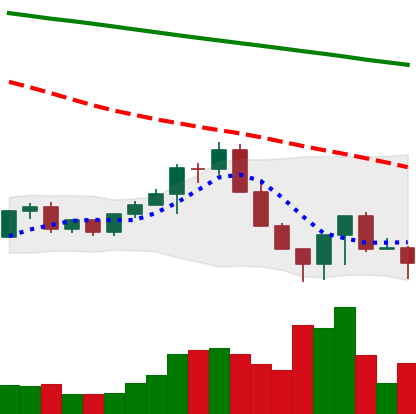
Ticker: LINK-USD
Chart end date: 2022-06-18
Forward return: 17.959%
Label: up_7plus